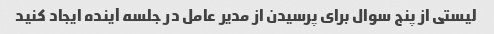
لیستی از پنج سوال برای پرسیدن از مدیر عامل در جلسه آینده ایجاد کنید